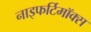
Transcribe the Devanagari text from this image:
नाइफर्टिमॉक्स